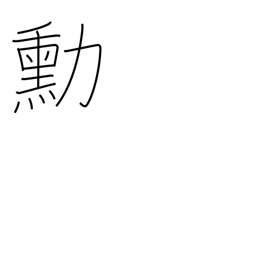
Meaning: merits